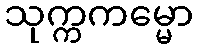
သုက္ကကမ္မော